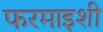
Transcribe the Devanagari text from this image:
फरमाइशी